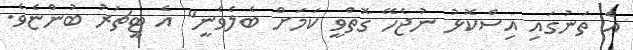
އެ ތަނުގައި އިސްކޮޅު ނުޖެހޭ ގޮތްވީ ކަމަށް ބެލެވެނީ" އެ ޓީޗަރު ބުންޏެވެ.